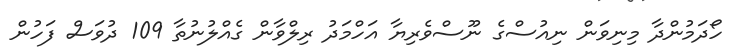
ހޯދަމުންދާ މިނިވަން ނިއުސްގެ ނޫސްވެރިޔާ އަހްމަދު ރިލްވާން ގެއްލުނުތާ 109 ދުވަސް ފަހުން